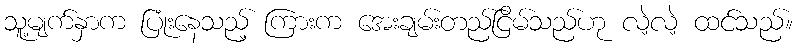
သူ့မျက်နှာက ပြုံးနေသည့် ကြားက အေးချမ်းတည်ငြိမ်သည်ဟု လဲ့လဲ့ ထင်သည်။